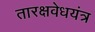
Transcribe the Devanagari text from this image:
तारक्षवेधयंत्र